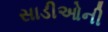
સાડીઓની